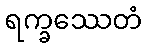
ရက္ခဿေတံ